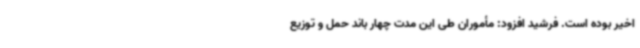
اخیر بوده است. فرشید افزود: مأموران طی این مدت چهار باند حمل و توزیع